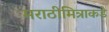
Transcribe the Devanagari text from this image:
मराठीमित्राकडे